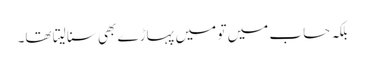
بلکہ حساب میں تو میں پہاڑے بھی سنا لیتا تھا۔